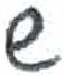
אות: ש